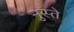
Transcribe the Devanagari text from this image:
नुस्ते